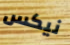
نيكس